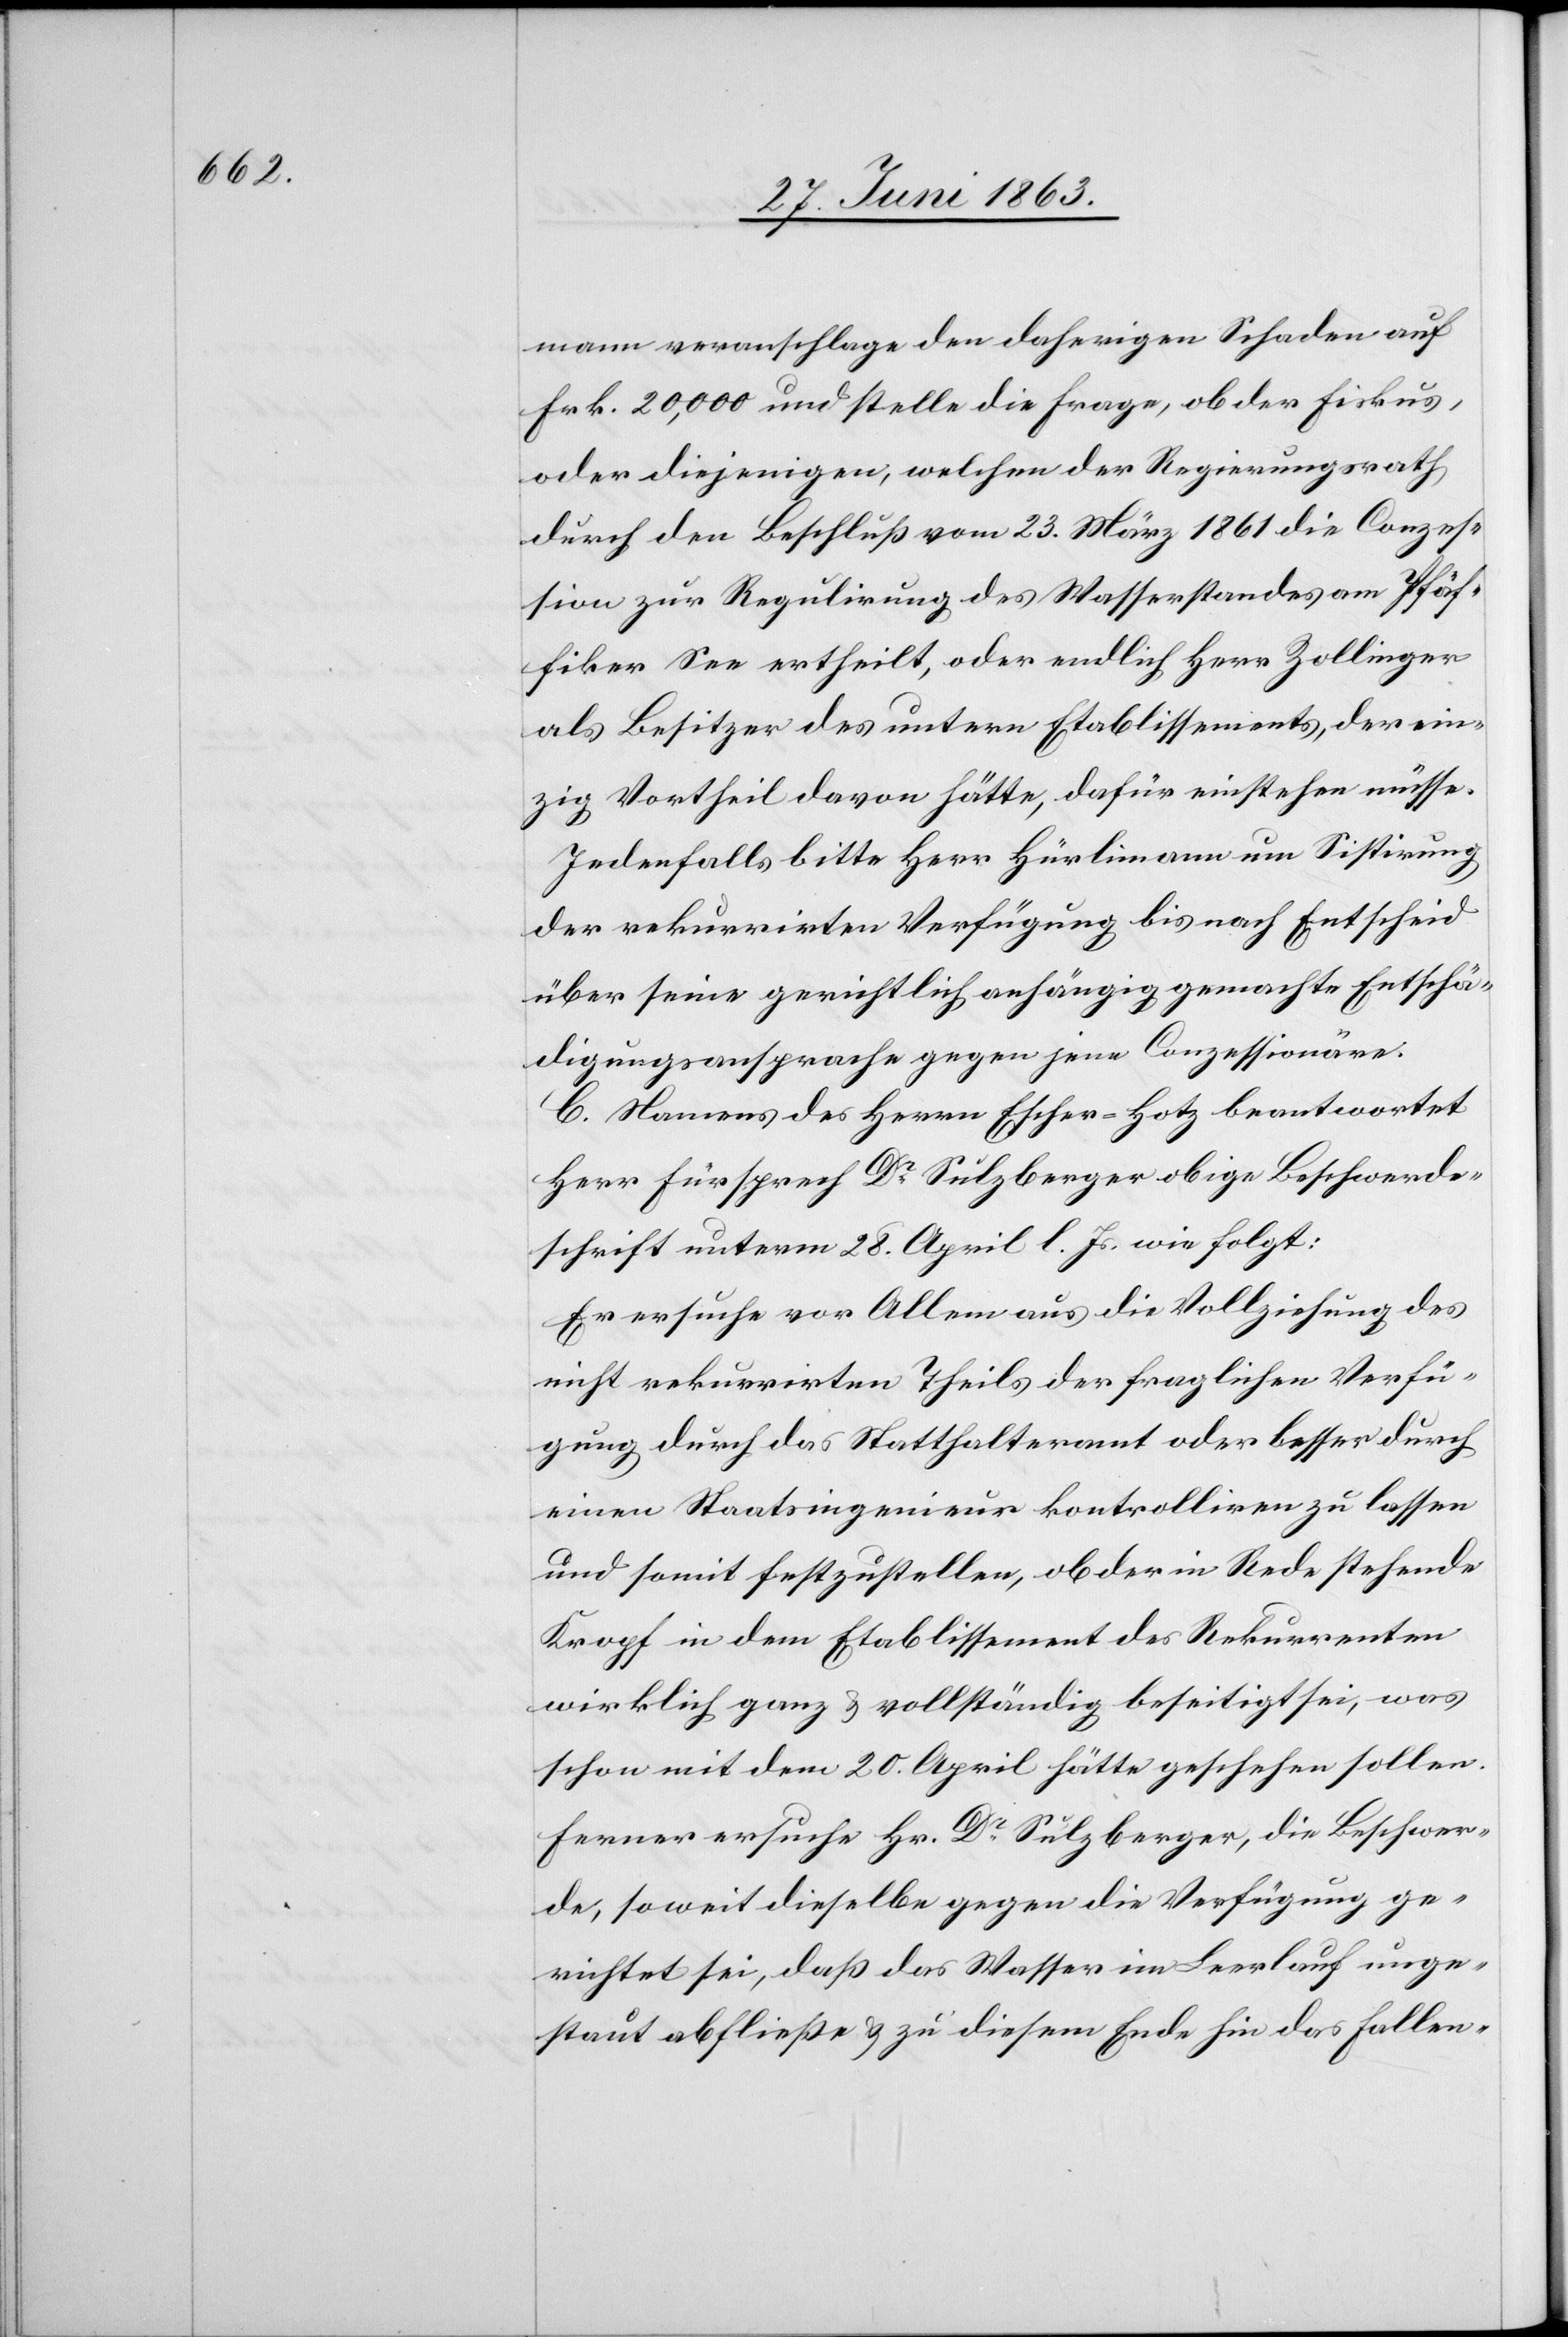
mann veranschlage den daherigen Schaden auf
Frk. 20,000 und stelle die Frage, ob der Fiskus,
oder diejenigen, welchen der Regierungsrath
durch den Beschluß vom 23. März 1861 die Conzes¬
sion zur Regulirung des Wasserstandes am Pfäf¬
fiker See ertheilt, oder endlich Herr Zollinger
als Besitzer des untern Etablissements, der ein¬
zig Vortheil davon hätte, dafür einstehen müsse.
Jedenfalls bitte Herr Hürlimann um Sistirung
der rekurrirten Verfügung bis nach Entscheid
über seine gerichtlich anhängig gemachte Entschä¬
digungsansprache gegen jene Conzessionäre.
C. Namens des Herrn Escher-Hotz beantwortet
Herr Fürsprech Dr Sulzberger obige Beschwerde¬
schrift unterm 28. April l. Js. wie folgt:
Er ersuche vor Allem aus die Vollziehung des
nicht rekurrirten Theils der fraglichen Verfü¬
gung durch das Statthalteramt oder besser durch
einen Staatsingenieur kontrolliren zu lassen
und somit festzustellen, ob der in Rede stehende
Kropf in dem Etablissement des Rekurrenten
wirklich ganz & vollständig beseitigt sei, was
schon mit dem 20. April hätte geschehen sollen.
Ferner ersuche Hr. Dr Sulzberger, die Beschwer¬
de, soweit dieselbe gegen die Verfügung ge¬
richtet sei, daß das Wasser im Leerlauf unge¬
staut abfließe & zu diesem Ende hin das Fallen-